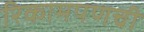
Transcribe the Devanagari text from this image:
रिकामपणची